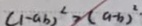
( 1 - a b ) ^ { 2 } > ( a - b ) ^ { 2 }